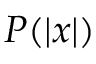
P ( | x | )